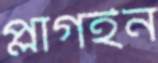
প্লাগইন